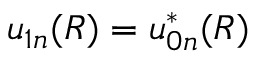
u _ { 1 n } ( R ) = u _ { 0 n } ^ { * } ( R )